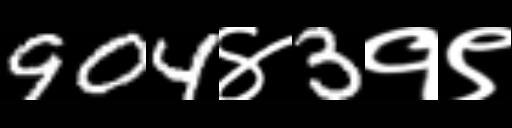
Text: 904४3१९